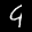
Label: 9